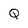
Character: Q